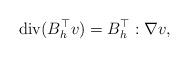
LaTeX: \begin{align*} {\rm div}(B_h^{\top} v )=B_{h}^{\top} : \nabla v ,\end{align*}